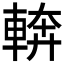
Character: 𮝔